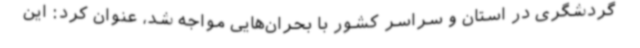
گردشگری در استان و سراسر کشور با بحران‌هایی مواجه شد، عنوان کرد: این